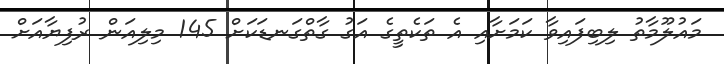
މައުލޫމާތު ލިބިފައިވާ ކަމަށާއި އެ ތަކެތީގެ އަގު ގާތްގަނޑަކަށް 145 މިލިއަން ރުފިޔާއަށް